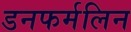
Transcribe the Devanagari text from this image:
डनफर्मलिन